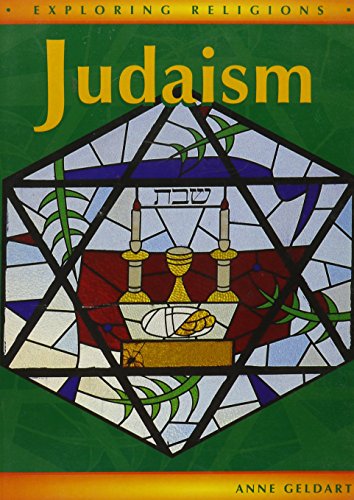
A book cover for Judaism (Exploring Religions); Anne Geldart; Teen & Young Adult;